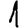
Digit: 1